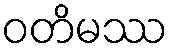
ဝတိမဿ